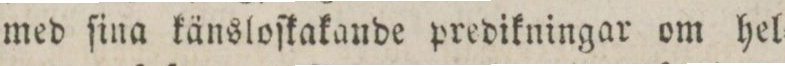
med ſina känsloſkakaude predikningar om hel=